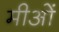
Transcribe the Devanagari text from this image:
मीओं